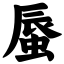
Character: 蜃